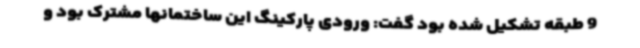
9 طبقه تشکیل شده بود گفت: ورودی پارکینگ این ساختمانها مشترک بود و